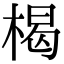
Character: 楬